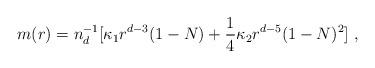
LaTeX: \begin{align*}m(r)=n_d^{-1}[\kappa_1 r^{d-3}(1-N)+\frac14\kappa_2 r^{d-5}(1-N)^2]\ ,\end{align*}